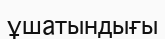
ұшатындығы